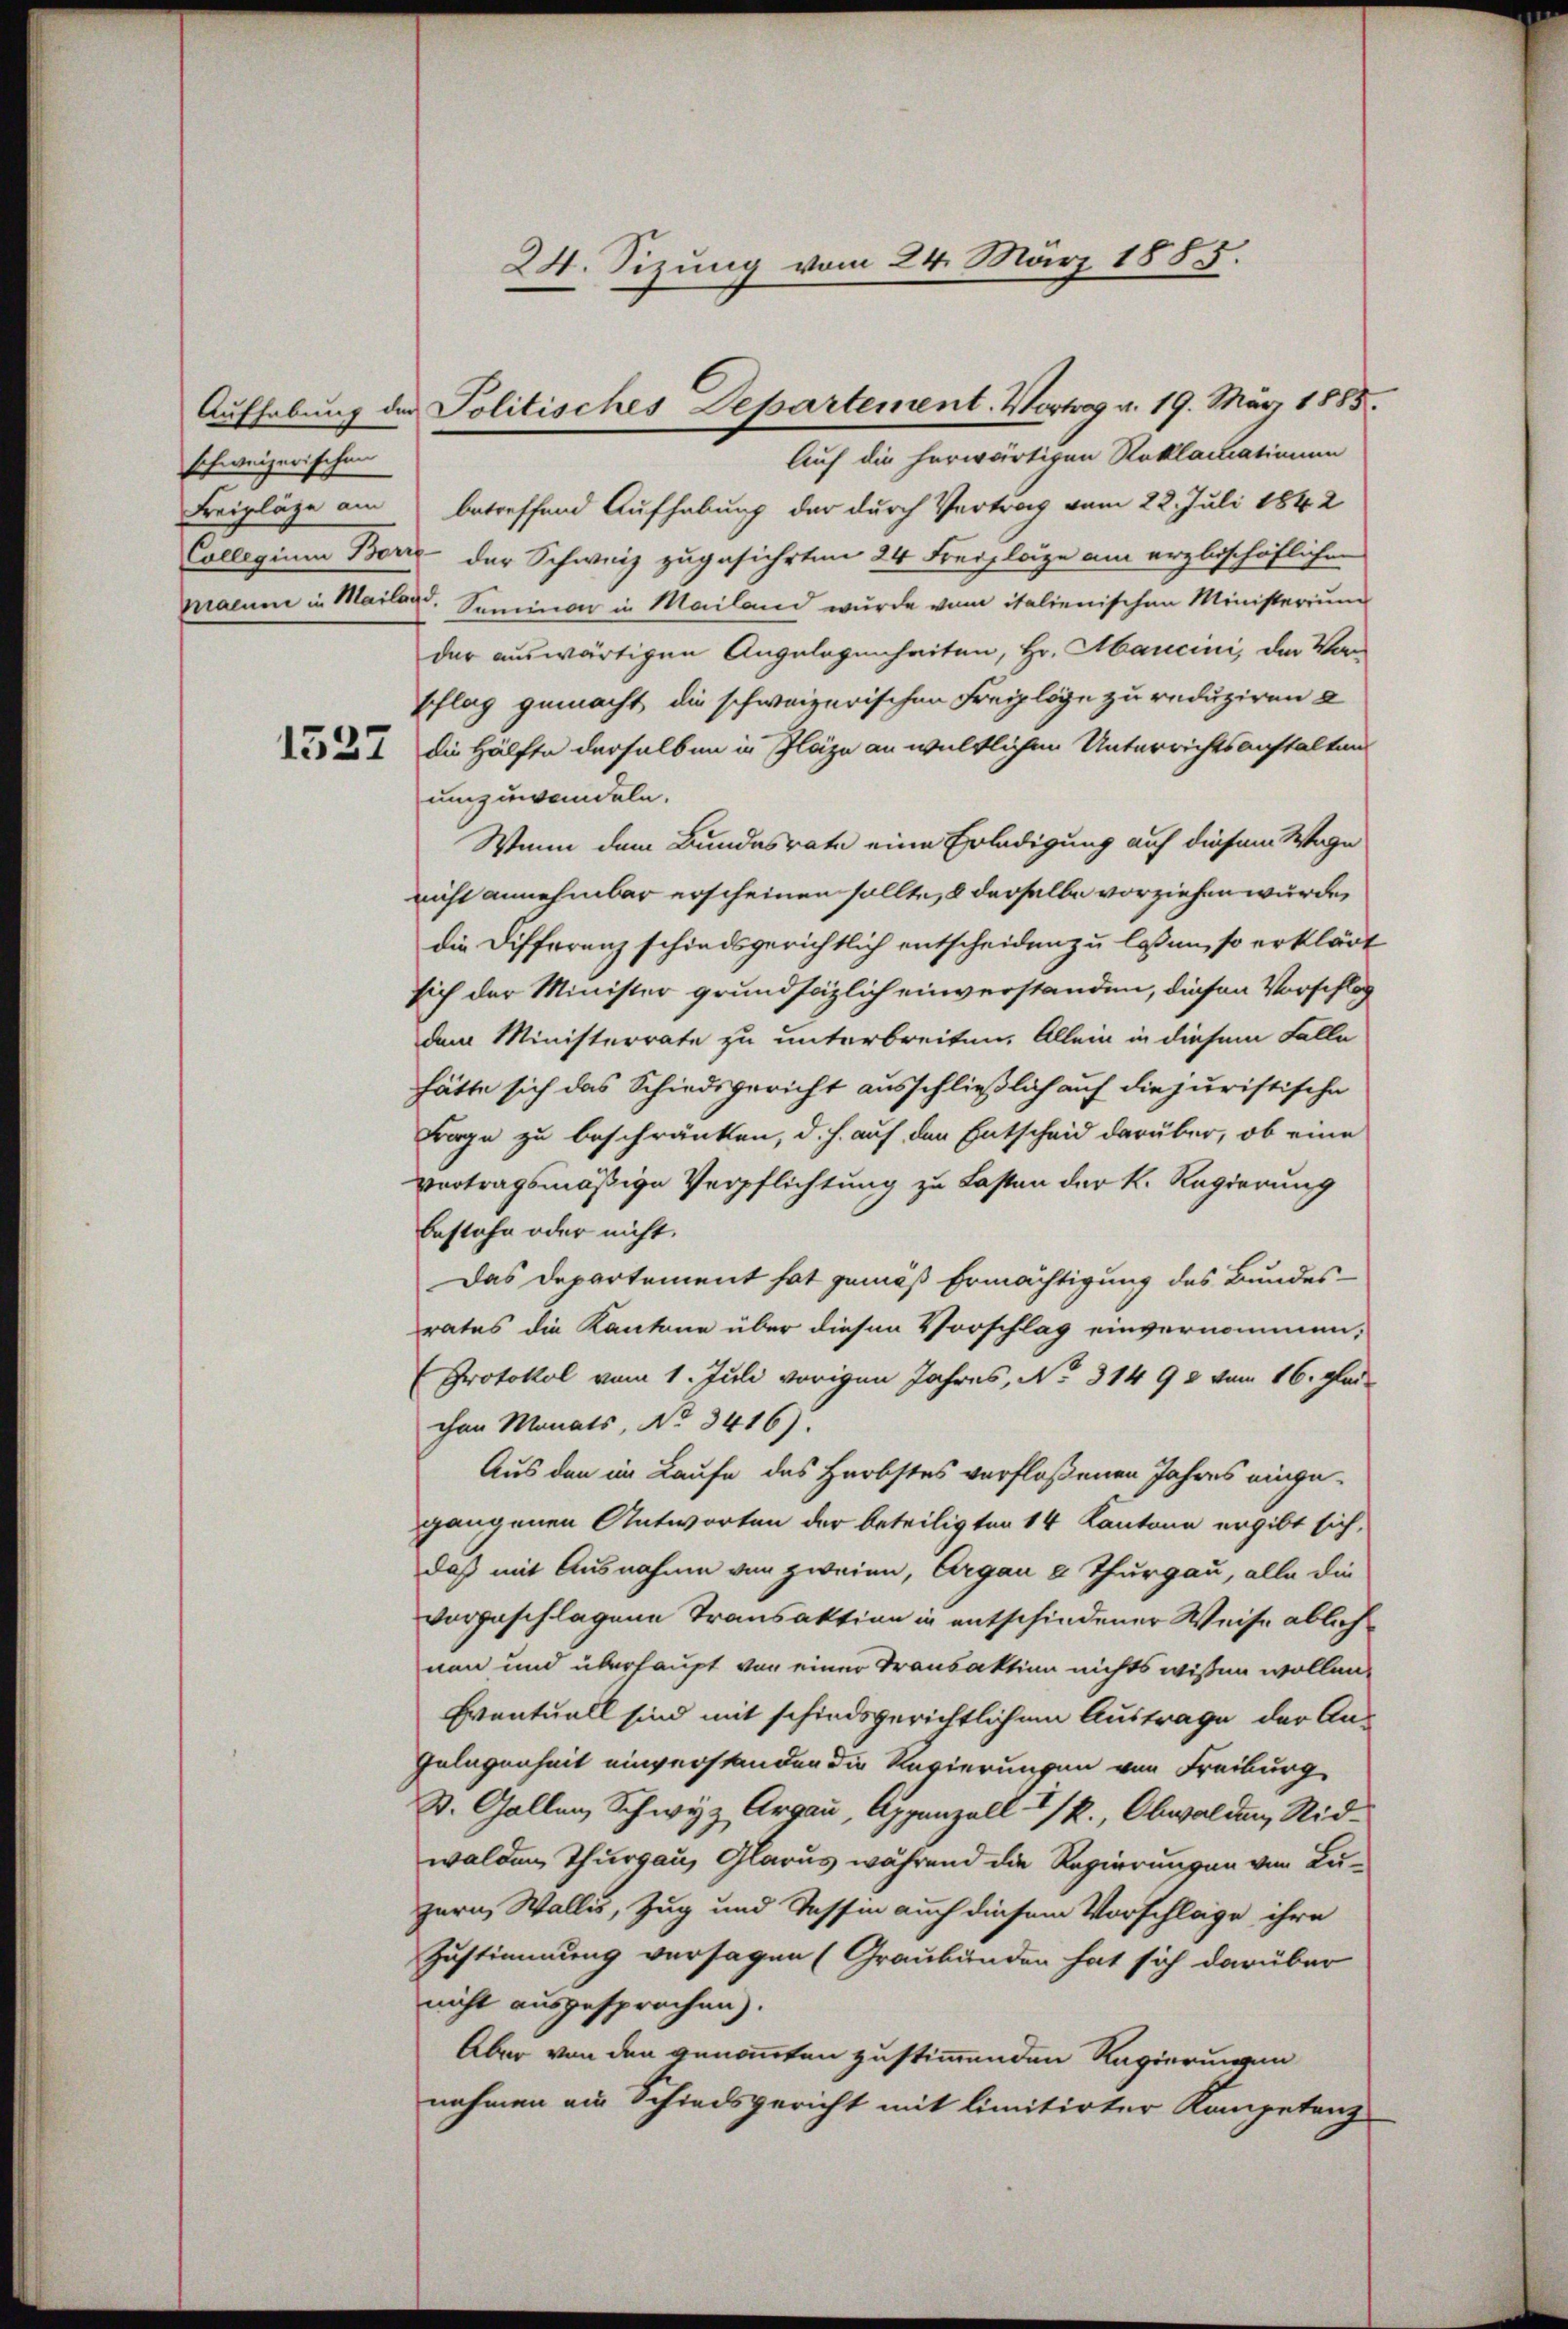
schweizerischen

Freipläge am betreffend Aufhebung der durch Vertrag vom 22. Juli 1842
Collegium Bern der Schweiz zugeführten 24 Freilage am erzbischöflichen
Macune in Mailand, Seminar in Mailand wurde vom italienischen Ministerium
der auswärtigen Angelegenheiten, Hr. Mancini, der Vorschlag gemacht die schweizerischen Freipläge zu reduziren a
21 die Hälfte derselben in Plaze an weltlichen Unterrichtsanstalten
umzuwandeln.
Wenn dem Bundesrate eine Erledigung auf diesem Wage
nicht annehmbar erscheinen sollte, 8 derselbe vorziehen wurde,
die Differenz schiedsgerichtlich entscheiden zu lassen, so erklärt
sich der Minister grundsätzlich einverstanden, diesen Vorschlag
dem Ministerrate zu unterbreiten. Allein in diesem Falle
hätte sich das Schiedsgericht ausschließlich auf die juristische
Frage zu beschränken, d. h. auf den Entscheid darüber, ob eine
vortragsmäßige Verpflichtung zu Lasten der k. Regierung
bestehe oder nicht.
Das Departement hat gemäß Ermächtigung des Bundes-
rates die Kantone über diesen Vorschlag einvernommen,
Protokol vom 1. Juli vorigen Jahres, No. 314 98 vom 16. glei
chen Monats, No 3416).
Aus den im Laufe des Herbstes verflossenen Jahres eingegangenen Antworten der beteiligten 14 Kantone ergibt sich,
daß mit Ausnahme von zweien, Argau u Thurgau, alle die
vorgeschlagene Transaktion in entschiedener Weise ablichnen und überhaupt vor einer Transaktion nichts wissen wollen.
Eventuell sind mit schiedsgerichtlichem Austrage der An-
Gelegenheit einverstanden die Regierungen von Freiburg
St. Gallen, Schwyz, Argau, Appenzell I/R., Obwalden, Nid-
walden, Thurgau, Glarus während die Regierungen von Luzern, Wallis, Zug und Tessin auch diesem Vorschläge ihre
Zustimmung versagen (Graubünden hat sich darüber
nicht ausgesprochen).
Aber von den genommen zustimmenden Regierungen
nehmen ein Schiedsgericht mit limitirter Kompetenz

24. Sizung vom 24. März 1885.

Aufhebung der Politisches Departement. Vortrag a. 19. März 1885.
Auf die herwärtigen Reklamationen